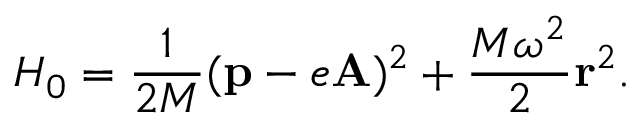
H _ { 0 } = \frac { 1 } { 2 M } ( { \bf p } - e { \bf A } ) ^ { 2 } + \frac { M \omega ^ { 2 } } { 2 } { \bf r } ^ { 2 } .